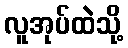
လူအုပ်ထဲသို့